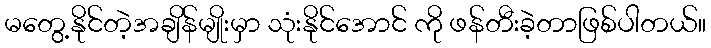
မတွေ့နိုင်တဲ့အချိန်မျိုးမှာ သုံးနိုင်အောင် ကို ဖန်တီးခဲ့တာဖြစ်ပါတယ်။